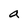
Character: a